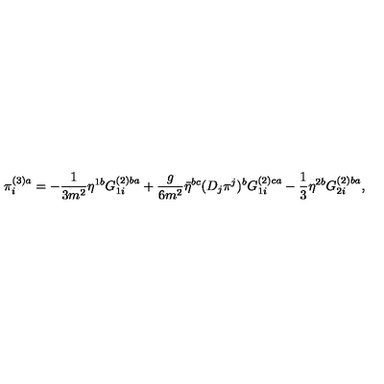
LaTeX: \pi _ { i } ^ { ( 3 ) a } = - \frac { 1 } { 3 m ^ { 2 } } \eta ^ { 1 b } G _ { 1 i } ^ { ( 2 ) b a } + \frac { g } { 6 m ^ { 2 } } \bar { \eta } ^ { b c } ( D _ { j } \pi ^ { j } ) ^ { b } G _ { 1 i } ^ { ( 2 ) c a } - \frac { 1 } { 3 } \eta ^ { 2 b } G _ { 2 i } ^ { ( 2 ) b a } ,